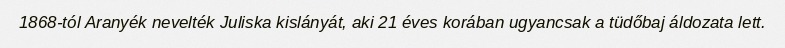
1868-tól Aranyék nevelték Juliska kislányát, aki 21 éves korában ugyancsak a tüdőbaj áldozata lett.